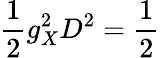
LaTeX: \frac{1}{2}g_{X}^{2}D^{2}=\frac{1}{2}